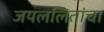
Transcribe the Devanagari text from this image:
जयललितांचा